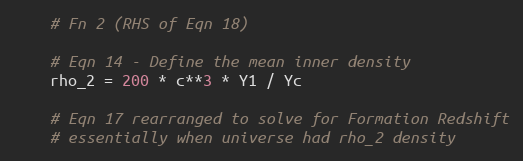
Language: Python
    # Fn 2 (RHS of Eqn 18)

    # Eqn 14 - Define the mean inner density
    rho_2 = 200 * c**3 * Y1 / Yc

    # Eqn 17 rearranged to solve for Formation Redshift
    # essentially when universe had rho_2 density